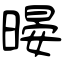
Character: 暥